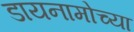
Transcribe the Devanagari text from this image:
डायनामोच्या